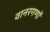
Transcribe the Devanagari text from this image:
वानरगणों